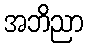
အဘိညာ